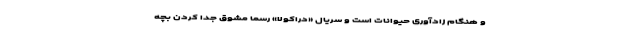
و هنگام زادآوری حیوانات است و سریال «دراکولا» رسما مشوق جدا کردن بچه